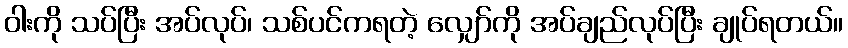
ဝါးကို သပ်ပြီး အပ်လုပ်၊ သစ်ပင်ကရတဲ့ လျှော်ကို အပ်ချည်လုပ်ပြီး ချုပ်ရတယ်။